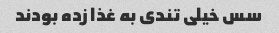
سس خیلی تندی به غذا زده بودند